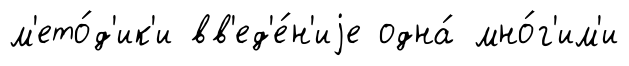
м'ето́д'ик'и вв'ед'е́н'иjе одна́ мно́г'им'и